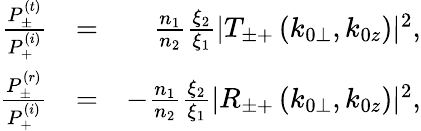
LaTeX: \begin{array}{rlr}{\frac{P_{\pm}^{(t)}}{P_{+}^{(i)}}}&{=}&{\frac{n_{1}}{n_{2}}\frac{\xi_{2}}{\xi_{1}}|T_{\pm+}\left(k_{0\perp},k_{0z}\right)|^{2},}\\ {\frac{P_{\pm}^{(r)}}{P_{+}^{(i)}}}&{=}&{-\frac{n_{1}}{n_{2}}\frac{\xi_{2}}{\xi_{1}}|R_{\pm+}\left(k_{0\perp},k_{0z}\right)|^{2},}\end{array}